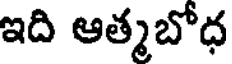
ఇది ఆత్మబోధ